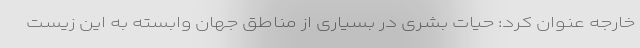
خارجه عنوان کرد: حیات بشری در بسیاری از مناطق جهان وابسته به این زیست